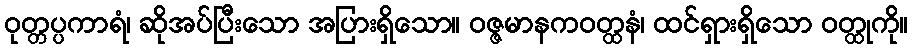
ဝုတ္တပ္ပကာရံ၊ ဆိုအပ်ပြီးသော အပြားရှိသော။ ဝဇ္ဇမာနကဝတ္ထနံ၊ ထင်ရှားရှိသော ဝတ္ထုကို။